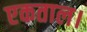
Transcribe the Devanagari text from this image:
एकताल।